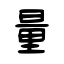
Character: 量